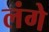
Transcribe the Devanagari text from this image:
लंगे